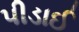
પીડાઈ